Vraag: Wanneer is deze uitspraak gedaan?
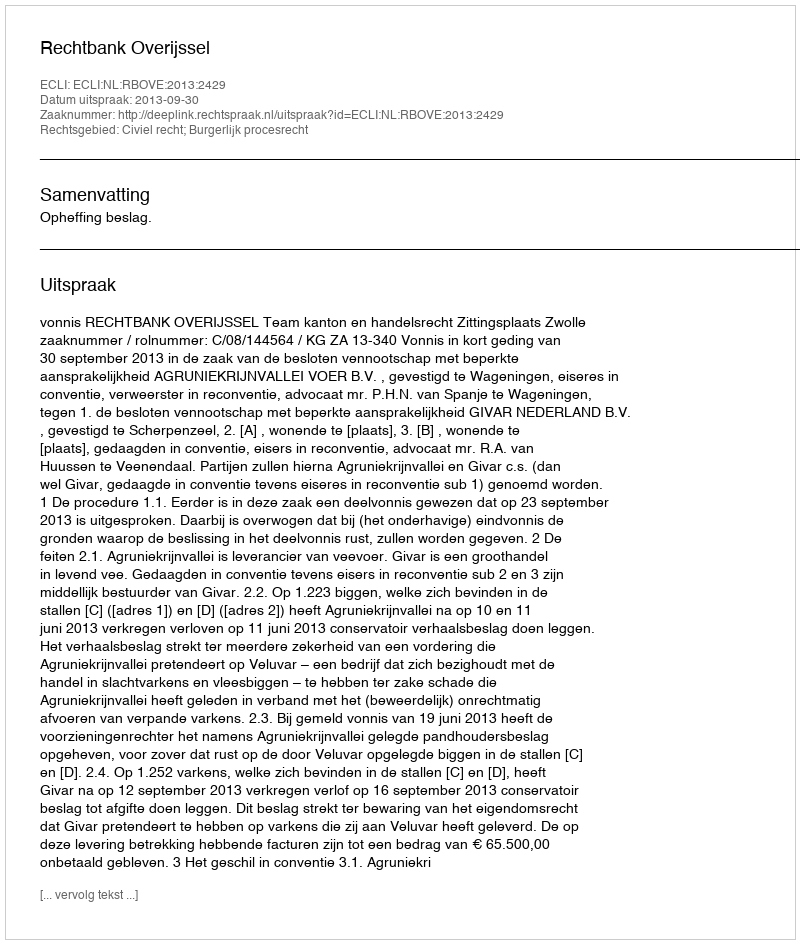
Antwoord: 2013-09-30